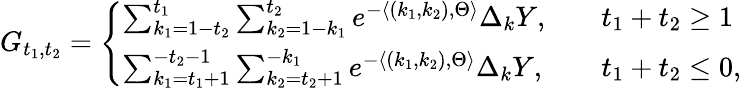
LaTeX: G_{t_{1},t_{2}}=\left\{ \begin{array}{ll}{\sum_{k_{1}=1-t_{2}}^{t_{1}}\sum_{k_{2}=1-k_{1}}^{t_{2}}e^{-\langle(k_{1},k_{2}),\Theta\rangle}\Delta_{k}Y,}&{\quad t_{1}+t_{2}\geq 1}\\ {\sum_{k_{1}=t_{1}+1}^{-t_{2}-1}\sum_{k_{2}=t_{2}+1}^{-k_{1}}e^{-\langle(k_{1},k_{2}),\Theta\rangle}\Delta_{k}Y,}&{\quad t_{1}+t_{2}\leq 0,}\end{array}\right.